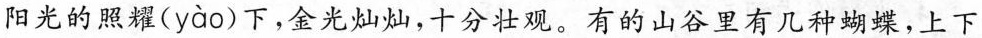
阳光的照耀( yào )下，金光灿灿，十分壮观。有的山谷里有几种蝴蝶，上下